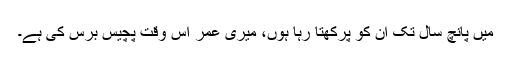
میں پانچ سال تک ان کو پرکھتا رہا ہوں، میری عمر اس وقت پچیس برس کی ہے۔